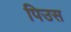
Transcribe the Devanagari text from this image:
पिउस